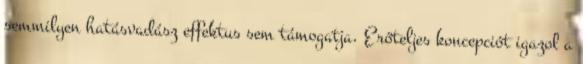
semmilyen hatásvadász effektus sem támogatja. Erőteljes koncepciót igazol a